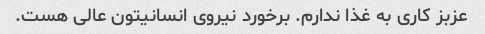
عزبز کاری به غذا ندارم. برخورد نیروی انسانیتون عالی هست.